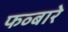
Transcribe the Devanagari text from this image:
फव्‍बारे